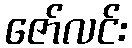
ဇော်လင်း